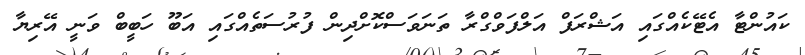
ކައުންޓާ އެޓޭކެއްގައި އަޝްރަފް އަލްފަވްގްރާ ތަނަވަސްކޮށްދިން ފުރުސަތެއްގައި އަބޫ ހަބީބް ވަނީ އޭރިޔާ